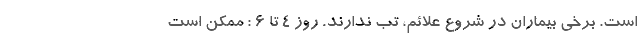
است. برخی بیماران در شروع علائم، تب ندارند. روز ۴ تا ۶ : ممکن است